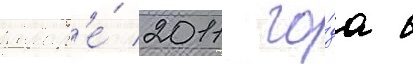
январ'е́ 2011 го́да в